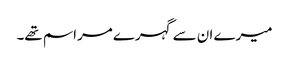
میرے ان سے گہرے مراسم تھے۔